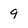
Character: q